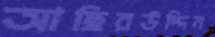
আছিরউদ্দিন